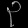
Digit: ၃